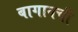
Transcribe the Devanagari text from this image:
बागानची